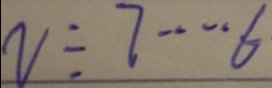
v \div 7 \cdots 6